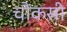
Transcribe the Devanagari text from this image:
चौंकसी